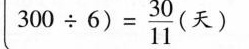
3 0 0 \div 6 )= \frac { 3 0 } { 1 1 } ( 天 )$$